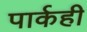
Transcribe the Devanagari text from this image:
पार्कही